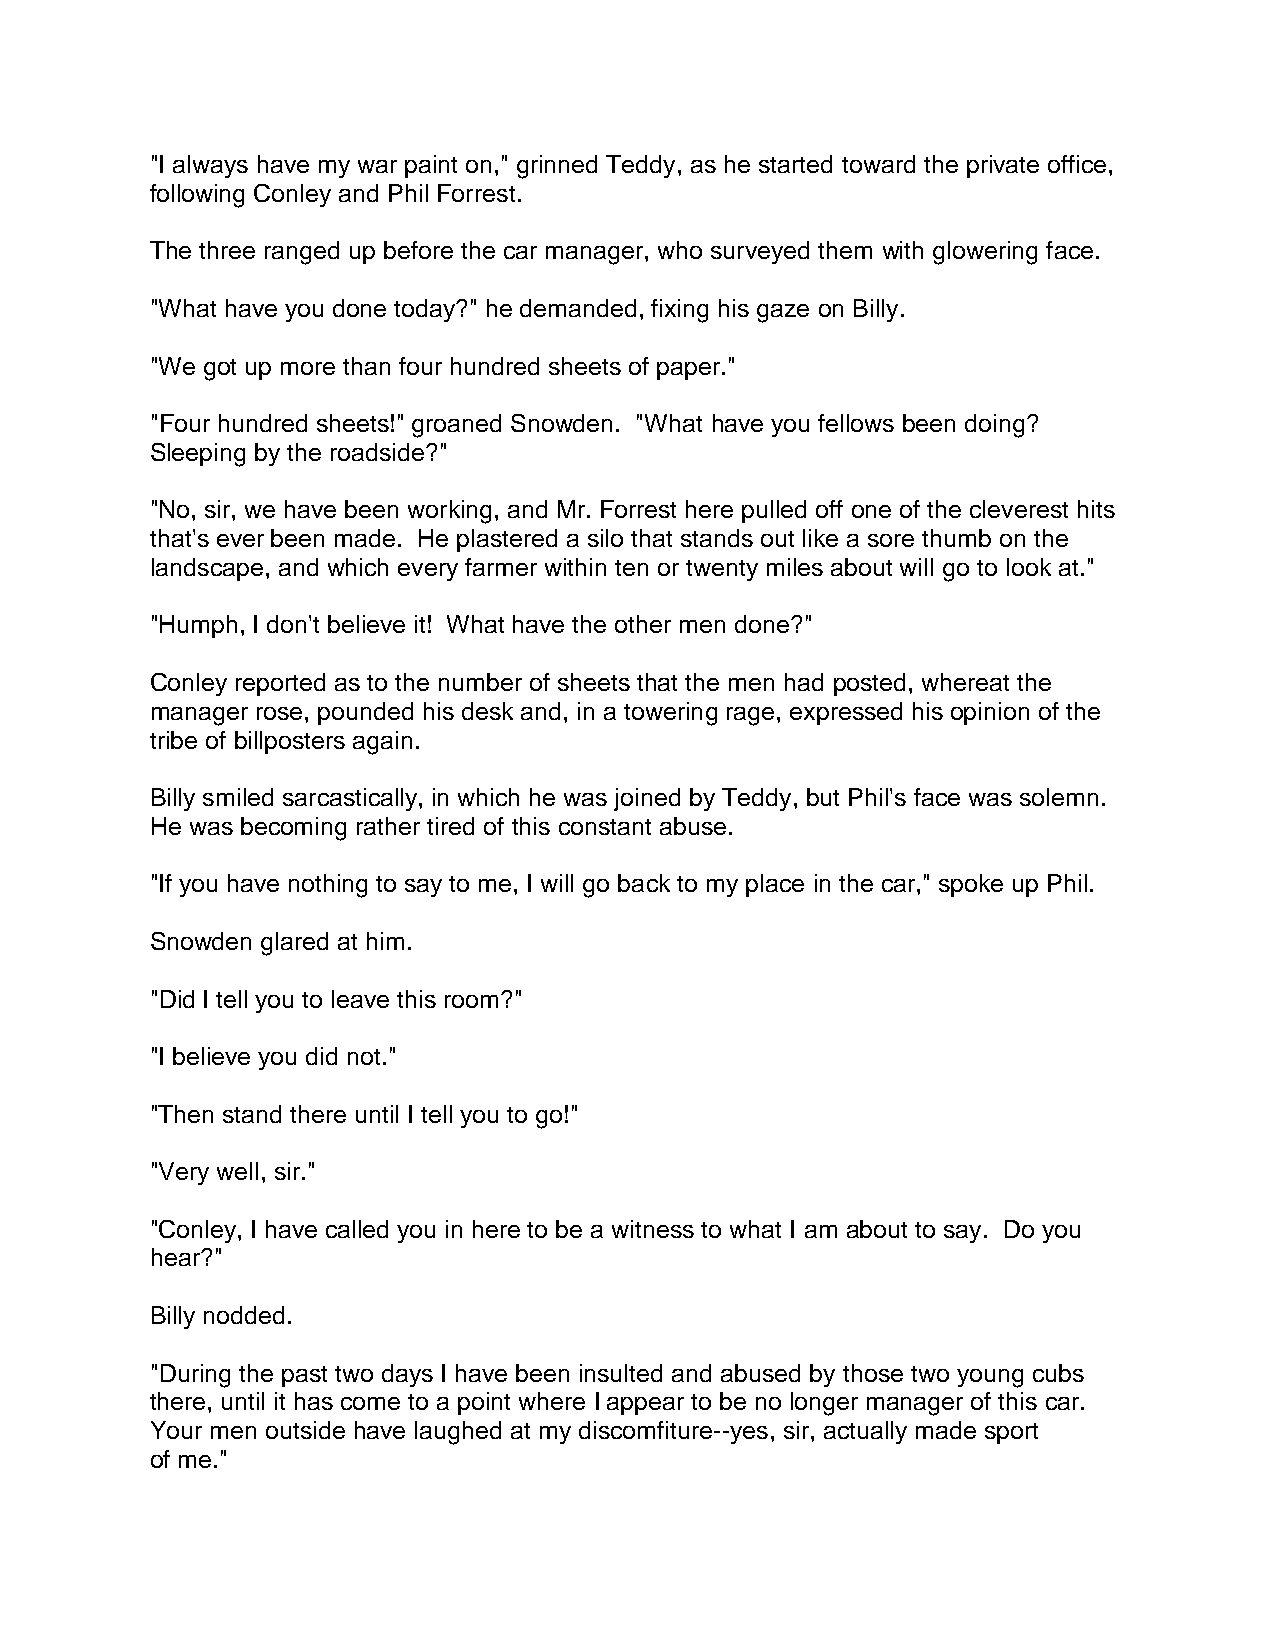
"I always have my war paint on," grinned Teddy, as he started toward the private office,
 following Conley and Phil Forrest.
 The three ranged up before the car manager, who surveyed them with glowering face.
 "What have you done today?" he demanded, fixing his gaze on Billy.
 "We got up more than four hundred sheets of paper."
 "Four hundred sheets!" groaned Snowden. "What have you fellows been doing?
 Sleeping by the roadside?"
 "No, sir, we have been working, and Mr. Forrest here pulled off one of the cleverest hits
 that's ever been made. He plastered a silo that stands out like a sore thumb on the
 landscape, and which every farmer within ten or twenty miles about will go to look at."
 "Humph, I don't believe it! What have the other men done?"
 Conley reported as to the number of sheets that the men had posted, whereat the
 manager rose, pounded his desk and, in a towering rage, expressed his opinion of the
 tribe of billposters again.
 Billy smiled sarcastically, in which he was joined by Teddy, but Phil's face was solemn.
 He was becoming rather tired of this constant abuse.
 "If you have nothing to say to me, I will go back to my place in the car," spoke up Phil.
 Snowden glared at him.
 "Did I tell you to leave this room?"
 "I believe you did not."
 "Then stand there until I tell you to go!"
 "Very well, sir."
 "Conley, I have called you in here to be a witness to what I am about to say. Do you
 hear?"
 Billy nodded.
 "During the past two days I have been insulted and abused by those two young cubs
 there, until it has come to a point where I appear to be no longer manager of this car.
 Your men outside have laughed at my discomfiture--yes, sir, actually made sport
 of me."